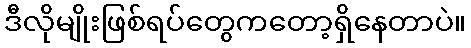
ဒီလိုမျိုးဖြစ်ရပ်တွေကတော့ရှိနေတာပဲ။